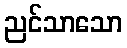
ညင်သာသော